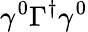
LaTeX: \gamma^{0}\Gamma^{\dagger}\gamma^{0}